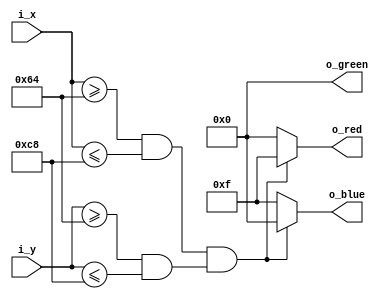
//DRAW SQUARE
module gen_logic(
    // X and Y of current pixel
    input wire [9:0]    i_x,
    input wire [9:0]    i_y,
    
    output wire  [3:0]  o_red,
    output wire  [3:0]  o_green,
    output wire  [3:0]  o_blue
);

// Rectangle parameters
parameter X_LENGTH	= 10'd 100;
parameter X_OFFSET	= 10'd 100;
parameter X_TOTAL	= X_OFFSET + X_LENGTH;
parameter Y_LENGTH	= 10'd 100;
parameter Y_OFFSET	= 10'd 100;
parameter Y_TOTAL	= Y_OFFSET + Y_LENGTH;

// Color of the rectangle and background
parameter RECT_R	= 4'b1111;
parameter RECT_G	= 4'b0000;
parameter RECT_B	= 4'b0000;
parameter BACK_R	= 4'b0000;
parameter BACK_G	= 4'b0000;
parameter BACK_B	= 4'b1111;

wire in_x;
wire in_y;
wire in_square;

assign in_x         = (i_x >= X_OFFSET && i_x  <= X_TOTAL);
assign in_y         = (i_y >= Y_OFFSET && i_y  <= Y_TOTAL);
assign in_square    = in_x && in_y;

assign o_red        = in_square  ? RECT_R : BACK_R;
assign o_green      = in_square  ? RECT_G : BACK_G;
assign o_blue       = in_square  ? RECT_B : BACK_B;

endmodule